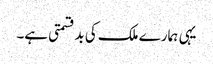
یہی ہمارے ملک کی بدقسمتی ہے۔